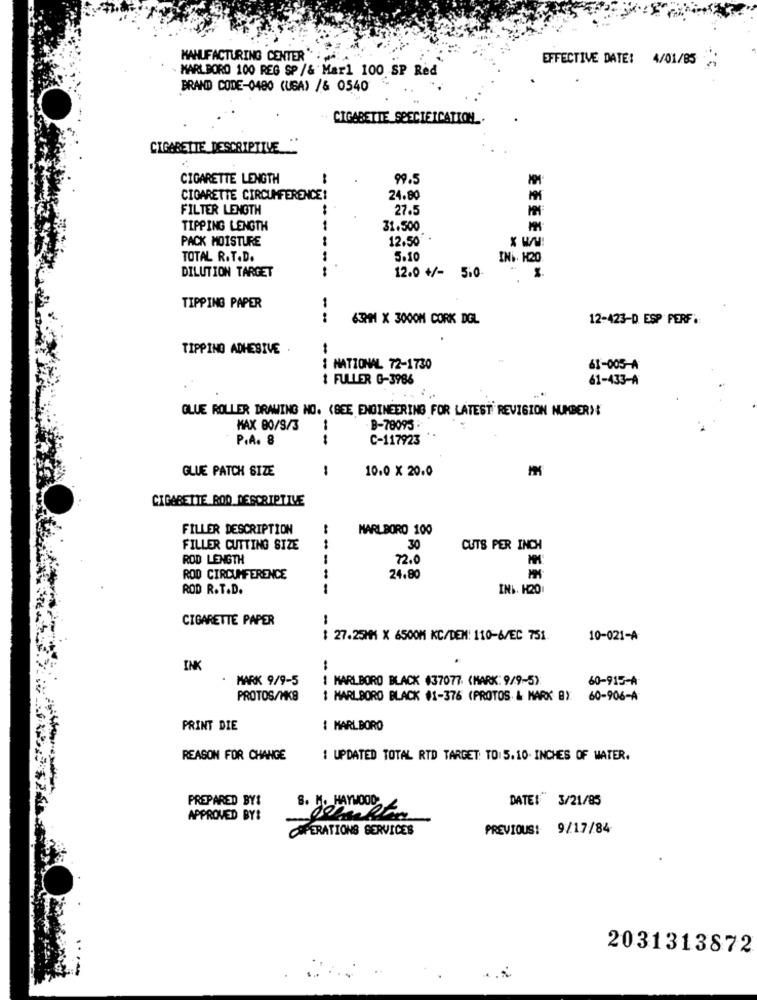
MANUFACTURING CENTER"
EFFECTIVE DATE: 4/01/85
MARLBORO 100 REG SP /& Marl 100 SP Red
BRAND CODE-0480 (USA) /& 0540
CIGARETTE SPECIFICATION ..
CIGARETTE DESCRIPTIVE
CIGARETTE LENGTH
99.5
CIGARETTE CIRCUMFERENCE:
24.80
FILTER LENGTH
27.5
TIPPING LENGTH
--
31.500
PACK MOISTURE
12.50
TOTAL R.T.D.
5.10
INi. H20.
DILUTION TARGET
---
12.0 +/- 510
EEEEZSN
TIPPING PAPER
..
63PM X 3000M CORK DGL
12-423-D ESP PERF.
TIPPING ADHESIVE
I NATIONAL 72-1730
--
61-005-A
1 FULLER G-3986
61-433-A
GLUE ROLLER DRAWING NO. (BEE ENGINEERING FOR LATEST REVISION NUMBER)
MAX 80/8/3
B-78095
P.A. 8
--
C-117923
GLUE PATCH SIZE
-
10.0 × 20.0
CIGARETTE BOO DESCRIPTIVE
FILLER DESCRIPTION
-
MARLBORO 100
FILLER CUTTING SIZE
30
CUTS PER INCH
ROD LENGTH
72.0
ROD CIRCUMFERENCE
-
24.80
ROD R.T.D.
-
INI. H20
CIGARETTE PAPER
: 27.25MM X 6500M KC/DEM: 110-6/EC 751.
10-021-A
INK
MARK 9/9-5
1 MARLBORO BLACK 437077. (MARK: 9/9-5)
60-915-A
PROTOS/MK8
1 MARLBORO BLACK #1-376 (PROTOS & MARK 8):
60-906-A
PRINT DIE
MARLBORO
REASON FOR CHANGE
1 UPDATED TOTAL RTD TARGET: TO: 5.10- INCHES OF WATER.
DATE: 3/21/85
PREPARED BY1
APPROVED BY:
OPERATIONS SERVICES
PREVIOUS: 9/17/84
2031313872